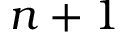
n + 1